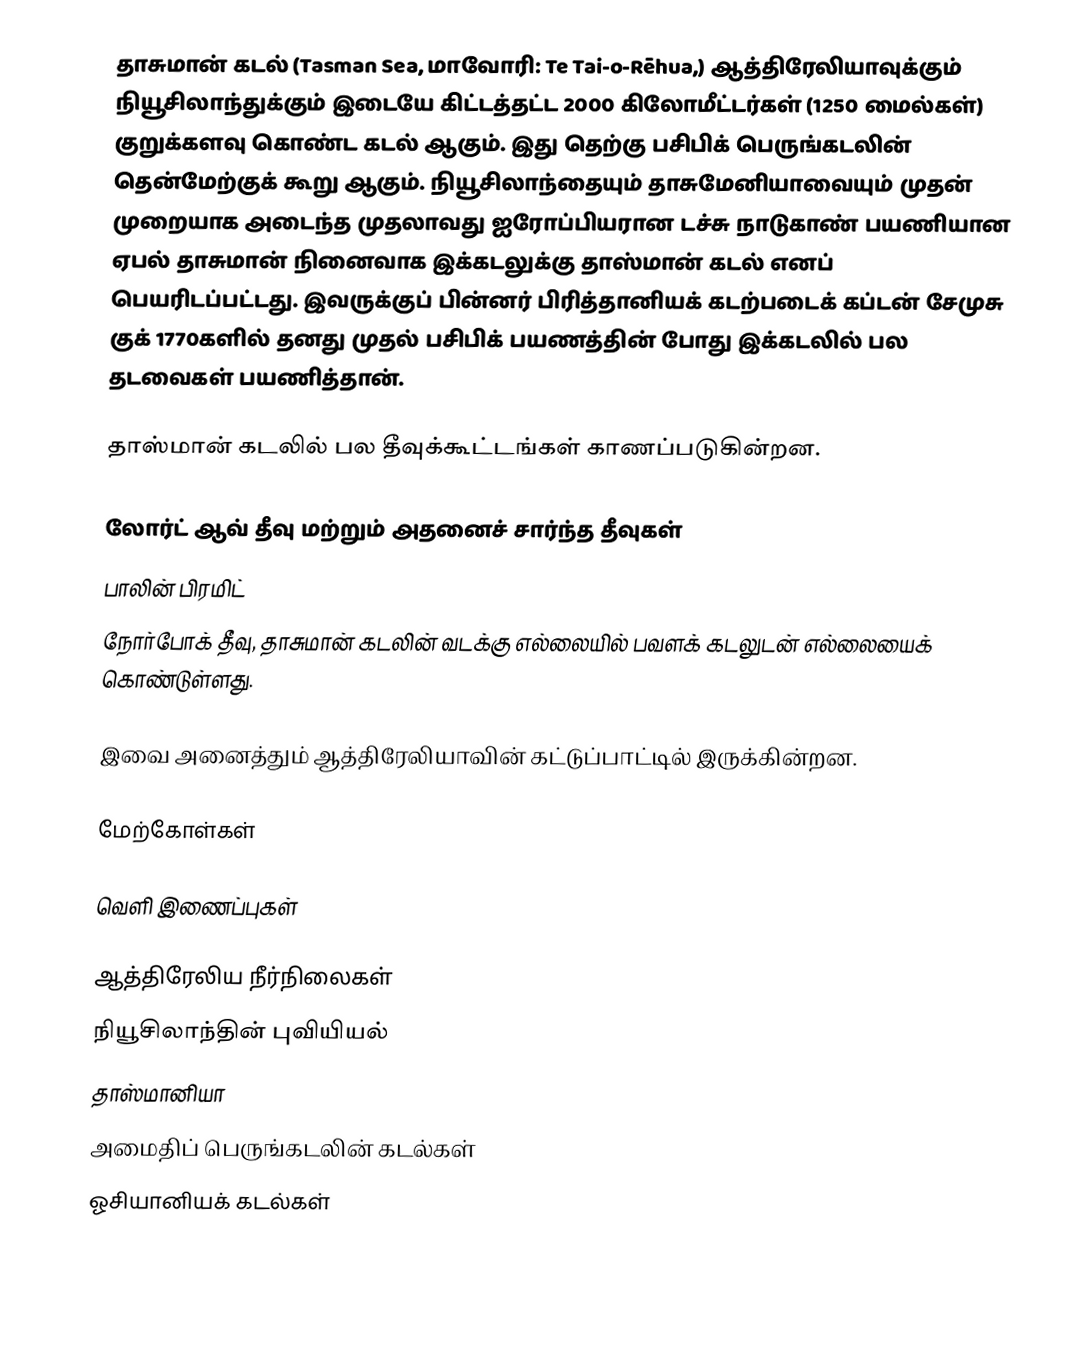
தாசுமான் கடல் (Tasman Sea, மாவோரி: Te Tai-o-Rēhua,) ஆத்திரேலியாவுக்கும் நியூசிலாந்துக்கும் இடையே கிட்டத்தட்ட 2000 கிலோமீட்டர்கள் (1250 மைல்கள்) குறுக்களவு கொண்ட கடல் ஆகும். இது தெற்கு பசிபிக் பெருங்கடலின் தென்மேற்குக் கூறு ஆகும். நியூசிலாந்தையும் தாசுமேனியாவையும் முதன் முறையாக அடைந்த முதலாவது ஐரோப்பியரான டச்சு நாடுகாண் பயணியான ஏபல் தாசுமான் நினைவாக இக்கடலுக்கு தாஸ்மான் கடல் எனப் பெயரிடப்பட்டது. இவருக்குப் பின்னர் பிரித்தானியக் கடற்படைக் கப்டன் சேமுசு குக் 1770களில் தனது முதல் பசிபிக் பயணத்தின் போது இக்கடலில் பல தடவைகள் பயணித்தான்.

தாஸ்மான் கடலில் பல தீவுக்கூட்டங்கள் காணப்படுகின்றன.

 லோர்ட் ஆவ் தீவு மற்றும் அதனைச் சார்ந்த தீவுகள்
 பாலின் பிரமிட்
 நோர்போக் தீவு, தாசுமான் கடலின் வடக்கு எல்லையில் பவளக் கடலுடன் எல்லையைக் கொண்டுள்ளது.

இவை அனைத்தும் ஆத்திரேலியாவின் கட்டுப்பாட்டில் இருக்கின்றன.

மேற்கோள்கள்

வெளி இணைப்புகள்

ஆத்திரேலிய நீர்நிலைகள்
நியூசிலாந்தின் புவியியல்
தாஸ்மானியா
அமைதிப் பெருங்கடலின் கடல்கள்
ஓசியானியக் கடல்கள்